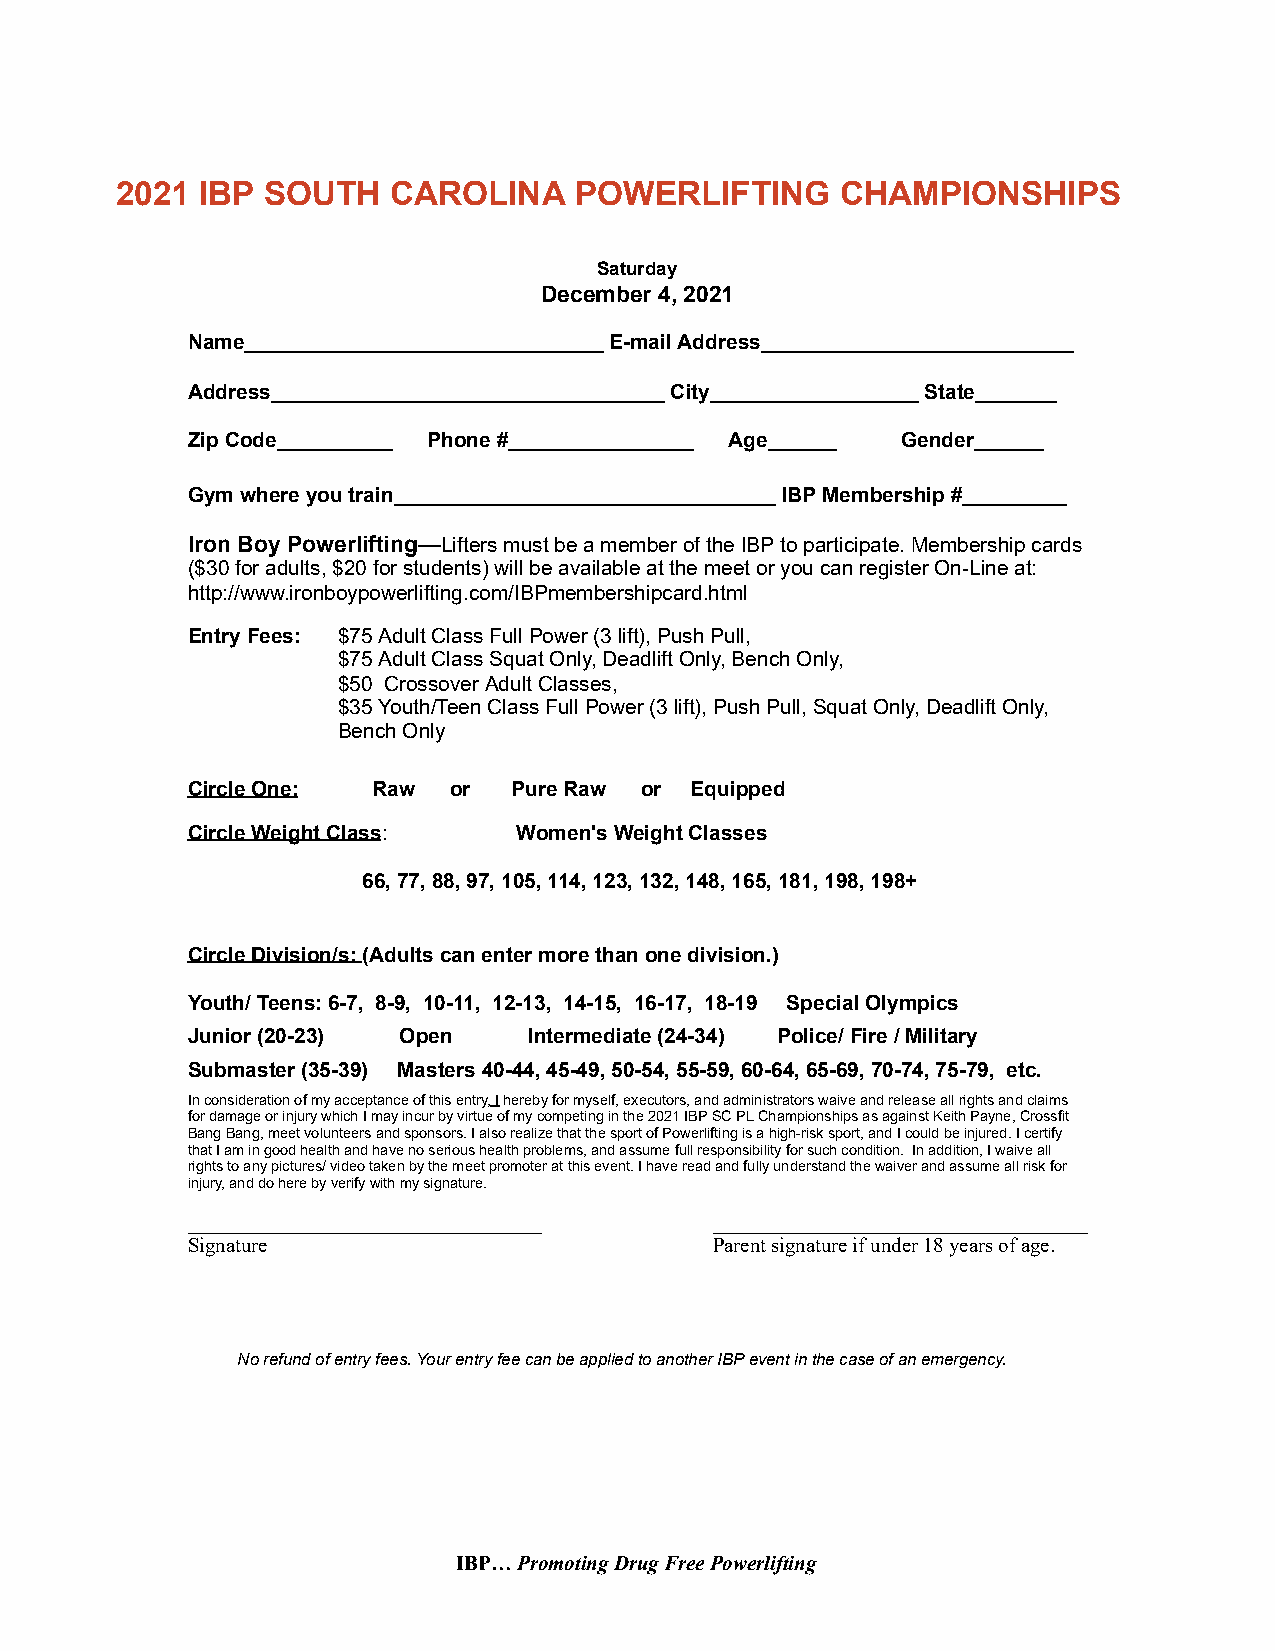
2021 IBP SOUTH    CAROLINA    POWERLIFTING      CHAMPIONSHIPS
 Saturday
 December 4, 2021
 Name_______________________________ E-mail Address___________________________
 Address__________________________________ City__________________ State_______
 Zip Code__________ Phone #________________ Age______ Gender______
 Gym where you train_________________________________ IBP Membership #_________
 Iron Boy Powerlifting— L ifters must be a member of the IBP to participate. Membership cards
 ($30 for adults, $20 for students) will be available at the meet or you can register On-Line at:
 http://www.ironboypowerlifting.com/IBPmembershipcard.html
 Entry Fees: $75 Adult Class Full Power (3 lift), Push Pull,
 $75 Adult Class Squat Only, Deadlift Only, Bench Only,
 $50 Crossover Adult Classes,
 $35 Youth/Teen Class Full Power ( 3 lift), Push Pull, Squat Only, Deadlift Only,
 Bench Only
 Circle One:  Raw  or  Pure Raw or Equipped
 Circle Weight Class:  W omen's Weight Classes
 66, 77, 88, 97, 105, 114, 123, 132, 148, 165, 181, 198, 198+
 Circle Division/s: ( Adults can enter more than one division.)
 Youth/ Teens: 6-7, 8-9, 10-11, 12-13, 14-15, 16-17, 18-19 Special Olympics
 Junior (20-23) Open    Intermediate (24-34) Police/ Fire / Military
 Submaster (35-39) Masters 40-44, 45-49, 50-54, 55-59, 60-64, 65-69, 70-74, 75-79, etc.
 In consideration of my acceptance of this entry, I hereby for myself, executors, and administrators waive and release all rights and claims
 for damage or injury which I may incur by virtue of my competing in the 2021 IBP SC PL Championships as against Keith Payne, Crossfit
 Bang Bang, meet volunteers and sponsors. I also realize that the sport of Powerlifting is a high-risk sport, and I could be injured. I certify
 that I am in good health and have no serious health problems, and assume full responsibility for such condition. In addition, I waive all
 rights to any pictures/ video taken by the meet promoter at this event. I have read and fully understand the waiver and assume all risk for
 injury, and do here by verify with my signature.
 __________________________________ ____________________________________
 Signature                          Parent signature if under 18 years of age.
 No refund of entry fees. Your entry fee can be applied to another IBP event in the case of an emergency.
 IBP… P romoting Drug Free Powerlifting